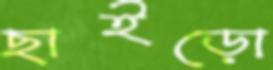
ছাইড়ো